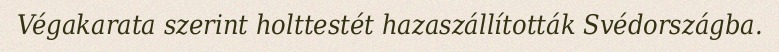
Végakarata szerint holttestét hazaszállították Svédországba.